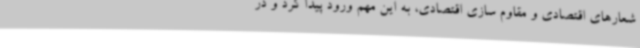
شعارهای اقتصادی و مقاوم سازی اقتصادی، به این مهم ورود پیدا کرد و در